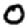
Digit: 0